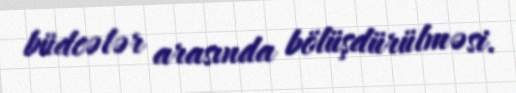
büdcələr arasında bölüşdürülməsi.